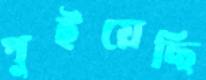
পুইয়েছি